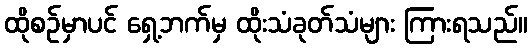
ထိုစဉ်မှာပင် ရှေ့ဘက်မှ ထိုးသံခုတ်သံများ ကြားရသည်။